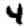
Digit: 4